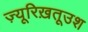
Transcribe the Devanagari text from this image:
ज़्यूरिख़तूउश